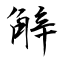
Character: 觪